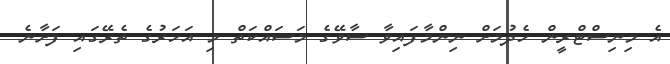
އެ މިނިސްޓްރީން ހެދުމަށް ނިންމާފައިވާ ސާވޭގެ މަސައްކަތް މި އަހަރުގެ ތެރޭގައި ފަށާނެ